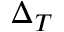
\Delta _ { T }